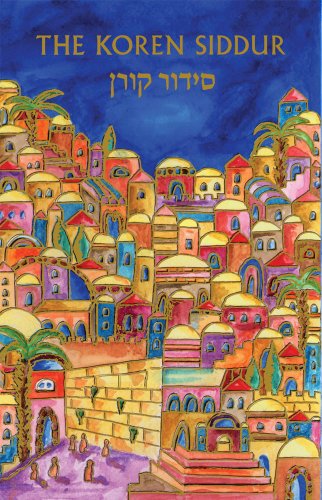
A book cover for Koren Sacks Siddur, Emanuel Compact; Jonathan Sacks; Religion & Spirituality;